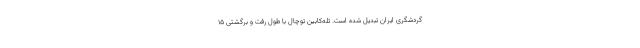
گردشگری ایران تبدیل شده است. تله‌کابین توچال با طول رفت و برگشتی ۱۵